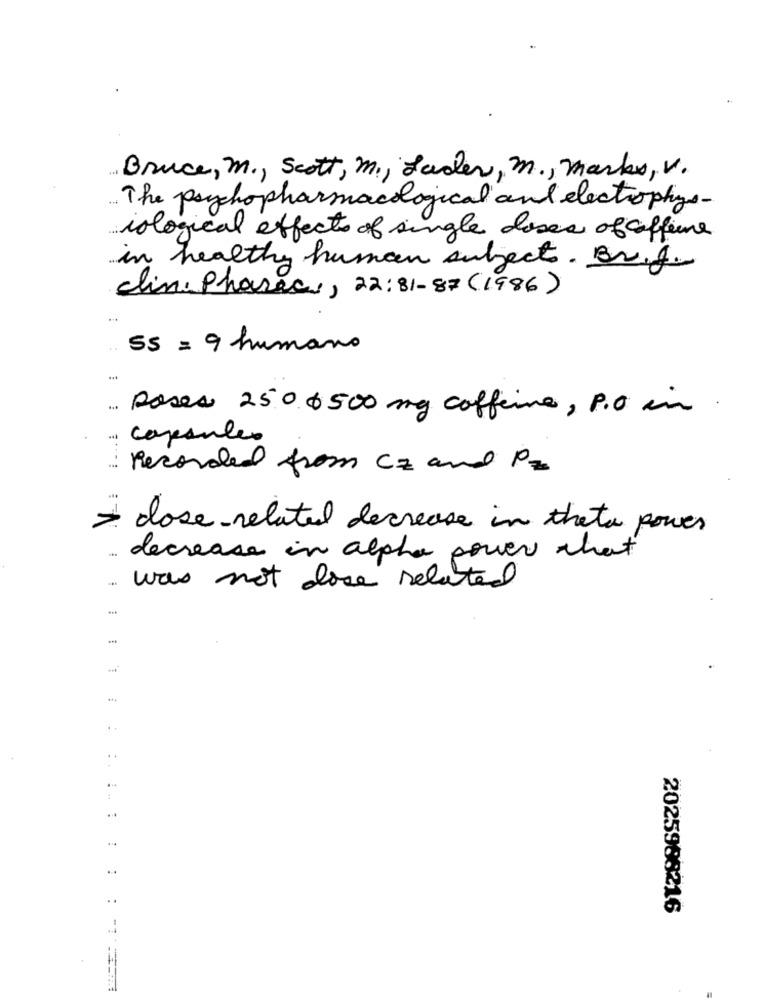
Bruce, M ., Scott, M ., Lader, M ., Marks, V.
The psychopharmacological and electrophys-
iological effects of single doses of coffee
in healthy human subject. Br. f.
clini Phasec ., 22:31-87 (1986)
55 = 9 humano
...
poses 250.6500 mg caffeine, P.O in
. Capsules
... Recorded from Cz and Pz
- dose related decrease in theta power
decrease in alpha power that
was not doce related
..
2025988216